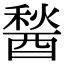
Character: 醔